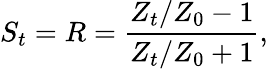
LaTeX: S_{t}=R=\frac{Z_{t}/Z_{0}-1}{Z_{t}/Z_{0}+1},